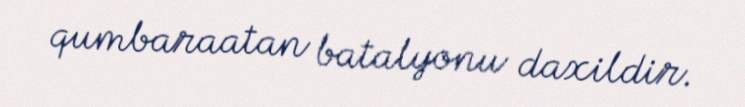
qumbaraatan batalyonu daxildir.